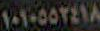
١٠١٠٥٥٢٤١٨